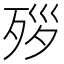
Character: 𪵃